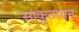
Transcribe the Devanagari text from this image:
सांकृतायन